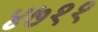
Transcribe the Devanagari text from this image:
४७११